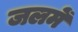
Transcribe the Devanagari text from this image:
जलमें